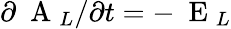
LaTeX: \partial\mathrm{~\mathbf~A~}_{L}/\partial t=-\mathrm{~\mathbf~E~}_{L}